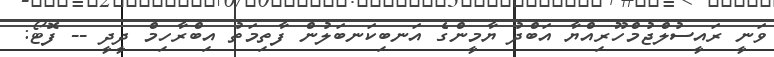
ވަނީ ރައީސުލްޖުމްހޫރިއްޔާ އަބްދު ޔާމީންގެ އަނބިކަނބަލުން ފާތިމަތު އިބްރާހިމް ދީދީ -- ފޮޓޯ: